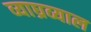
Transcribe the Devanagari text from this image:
व्याघ्रव्याल